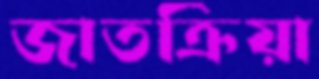
জাতক্রিয়া